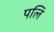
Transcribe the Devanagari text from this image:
पलि